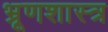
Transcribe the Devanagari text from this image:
भ्रूणशास्त्र